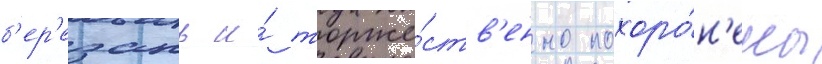
б'ер'езань и́ торже́ств'енно похоро́н'ены